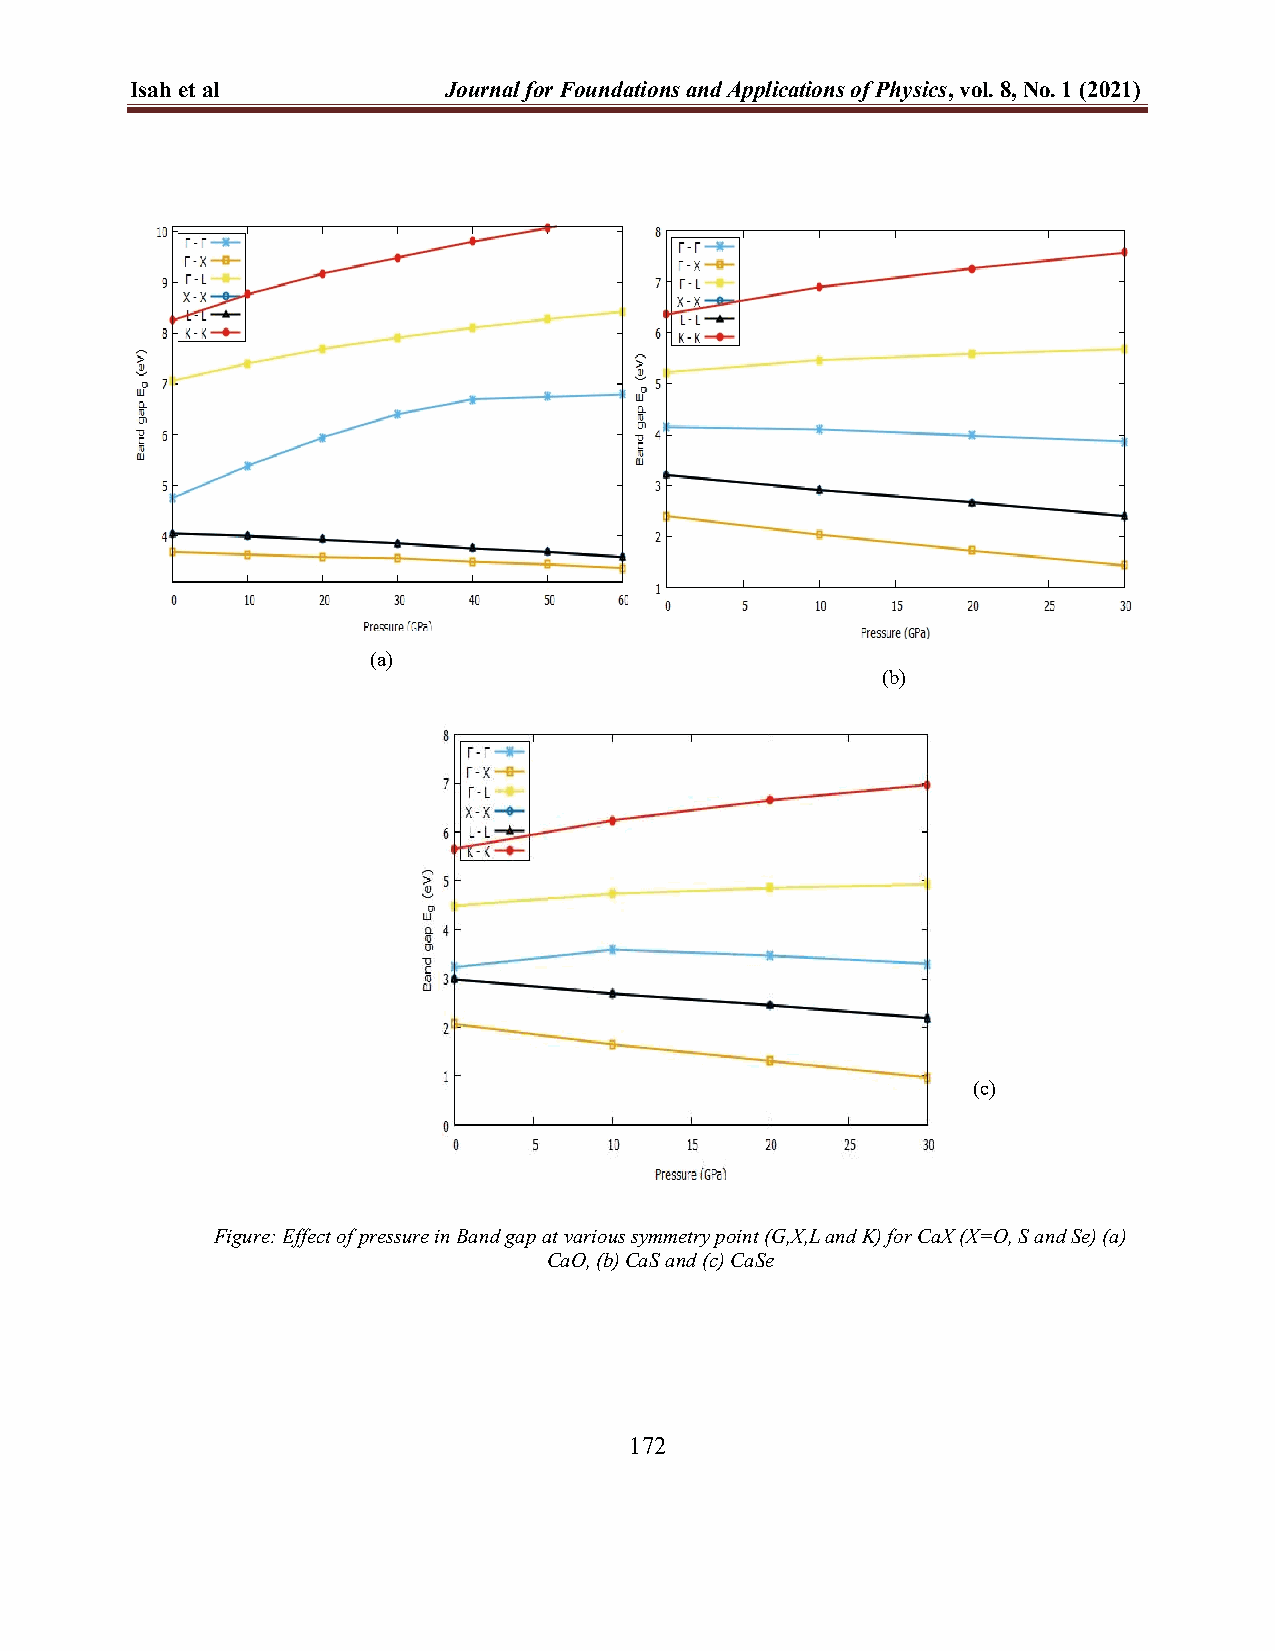
Isah et al          Journal for Foundations and Applications of Physics, vol. 8, No. 1 (2021)
 (a)
 (b)
 (c)
 Figure: Effect of pressure in Band gap at various symmetry point (G,X,L and K) for CaX (X=O, S and Se) (a)
 CaO, (b) CaS and (c) CaSe
 172